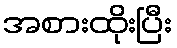
အစားထိုးပြီး